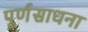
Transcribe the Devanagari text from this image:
पूर्णसाधना